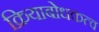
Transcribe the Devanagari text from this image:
क्रियाबोधकत्व